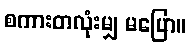
စကားတလုံးမျှ မပြော။